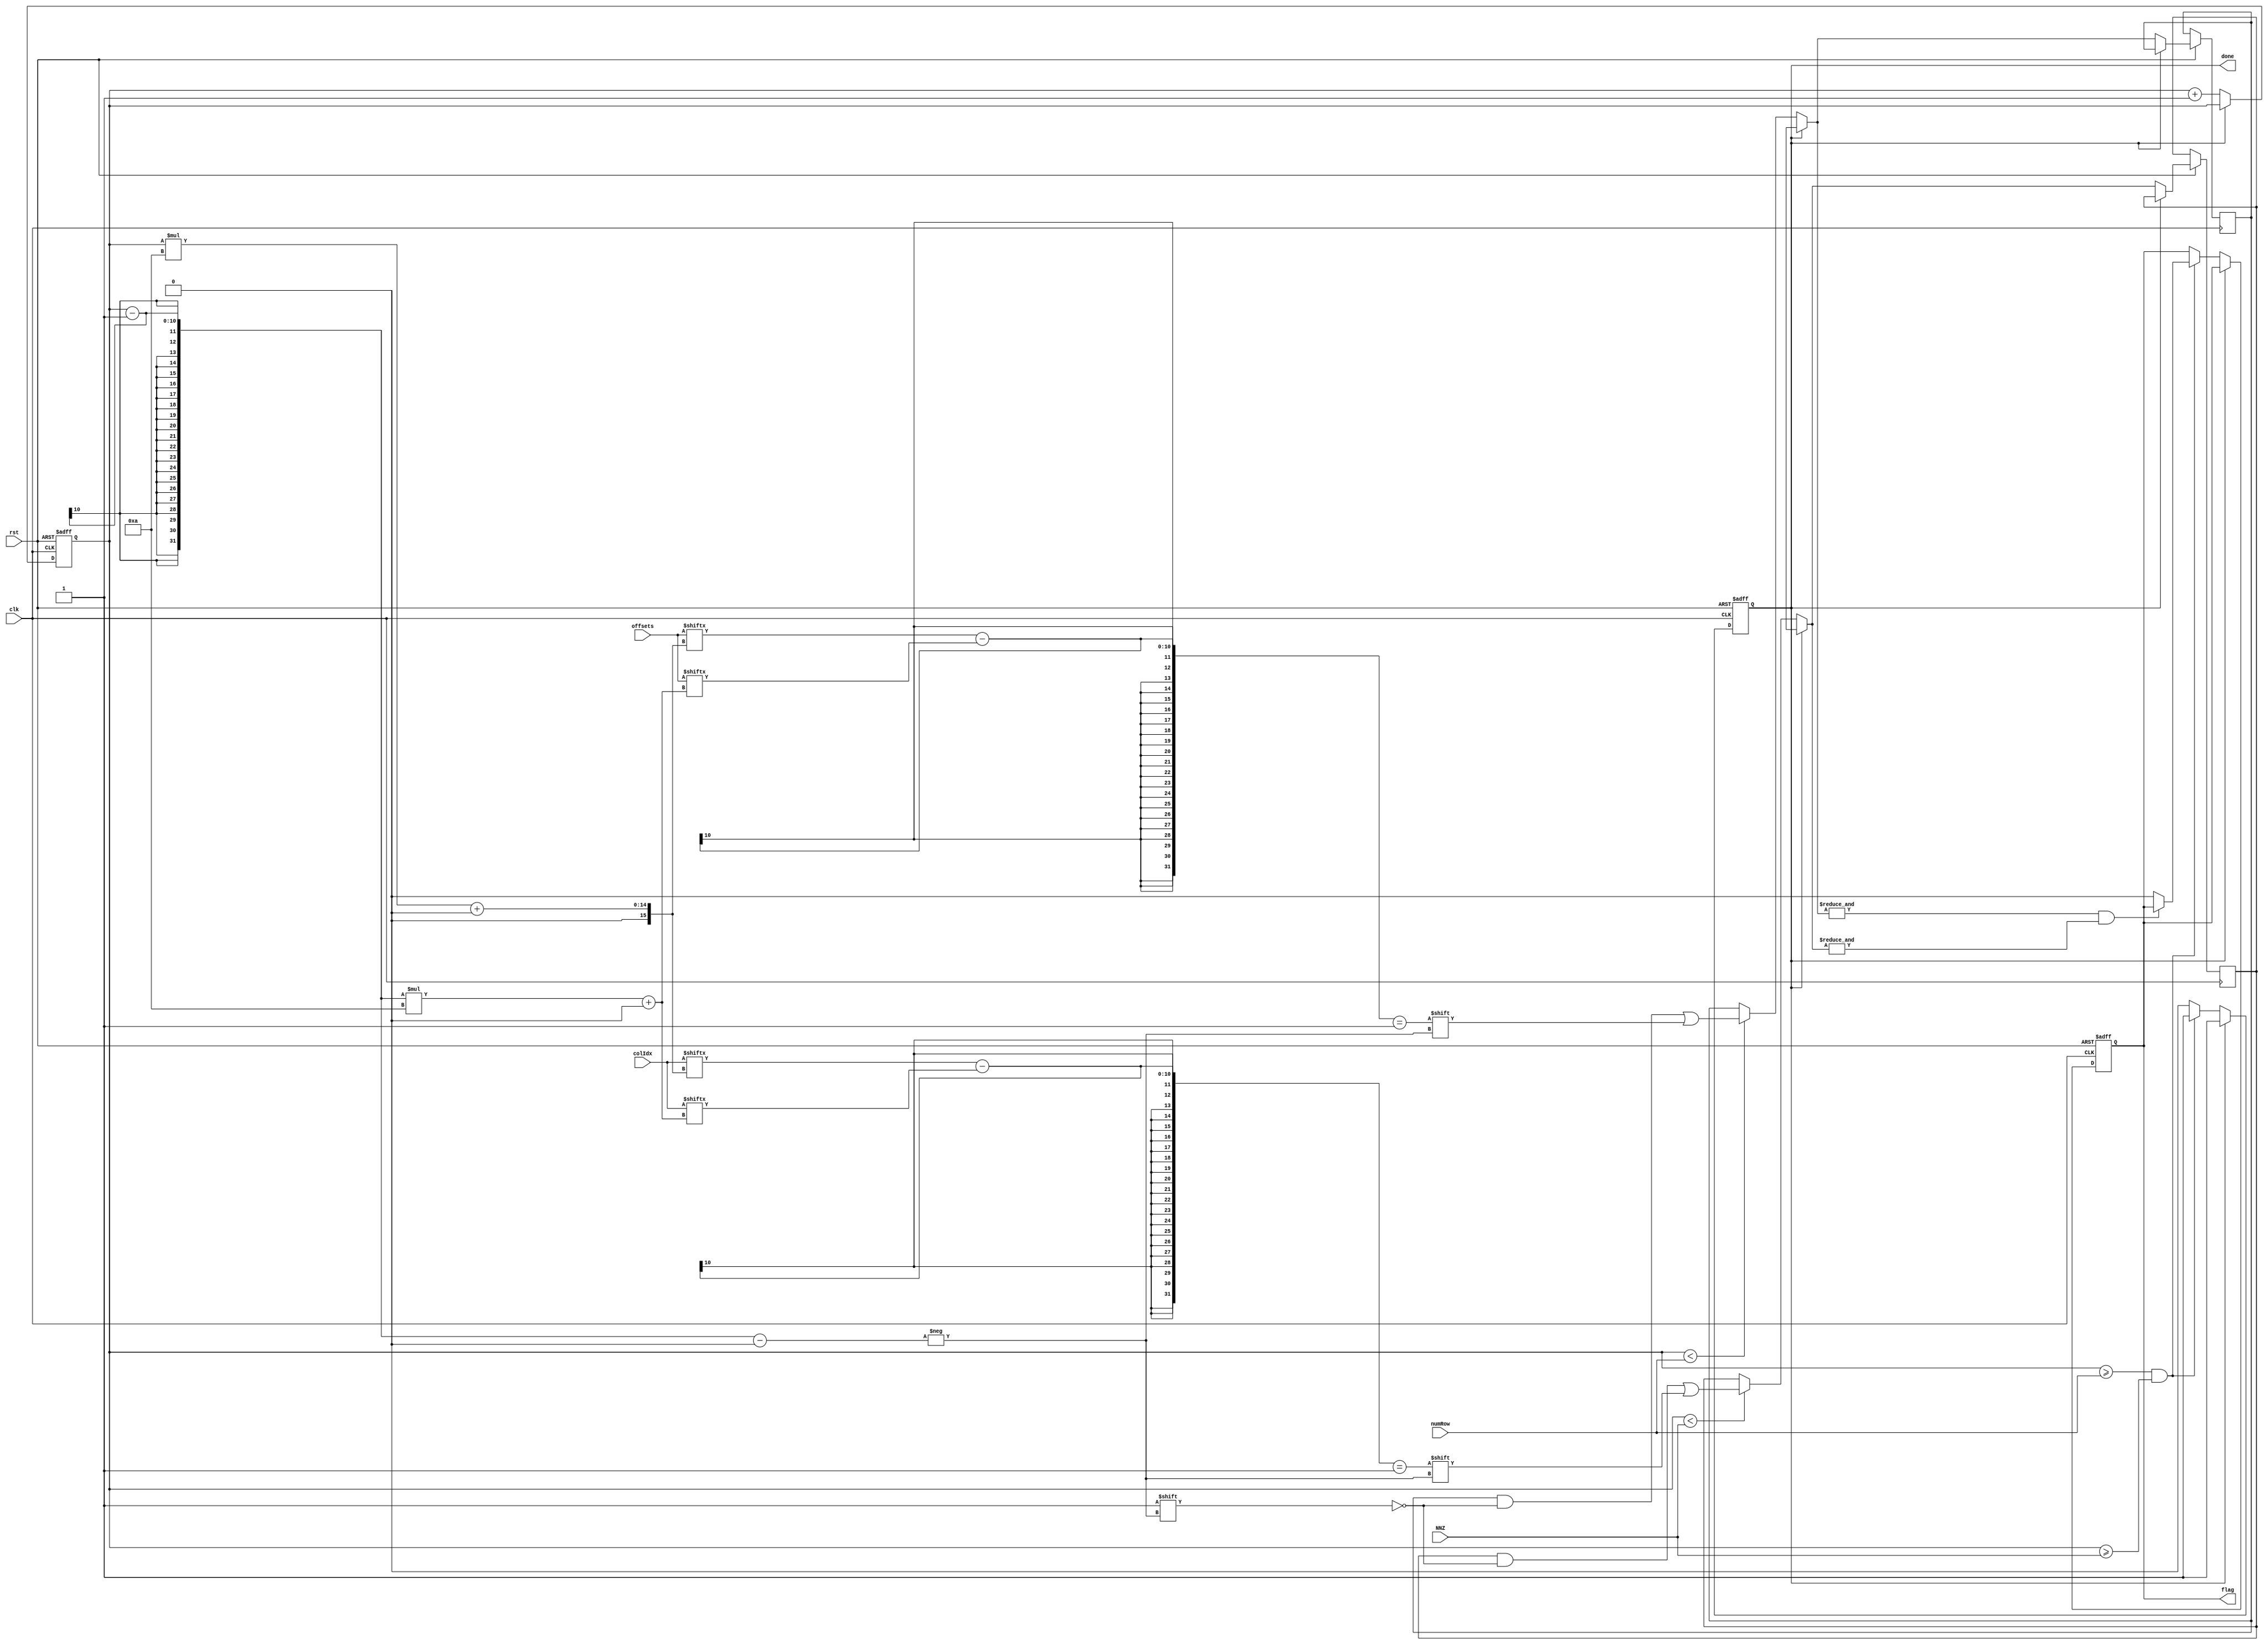
module caslDRPred #(parameter WIDTH = 10, parameter SIZE = 1024)
    (
        input clk, input rst,
        input [WIDTH * SIZE - 1:0] offsets,
        input [WIDTH * SIZE - 1:0] colIdx,
        input [WIDTH - 1:0] numRow, input [WIDTH - 1:0] NNZ,
        output reg flag, output reg done
    );

    reg [WIDTH - 1:0] i;
    reg [SIZE - 1:0] a;
    reg [SIZE - 1:0] b;

    initial begin
        done = 1'b0;
        flag = 1'b1;
        i = 1;
        a = {SIZE{1'b1}};
        b = {SIZE{1'b1}};
    end

    always @(posedge clk or negedge rst) begin
        if (!rst) begin
            done <= 0;
            flag <= 1;
            i <= 1;
        end else if (!done) begin
            if (i < numRow) begin
                a[i - 1] = offsets[i * WIDTH +: WIDTH] - offsets[(i - 1) * WIDTH +: WIDTH] == 1;
            end
            if (i < NNZ) begin
                b[i - 1] = colIdx[i * WIDTH +: WIDTH] - colIdx[(i - 1) * WIDTH +: WIDTH] == 1;
            end

            i <= i + 1;

            // if (!(&a && &b)) begin
            //     flag = 0;
            //     done = 1;
            // end

            if (i >= numRow && i >= NNZ) begin
                if (!(&a && &b)) flag = 0;
                done = 1;
            end
        end
    end
endmodule